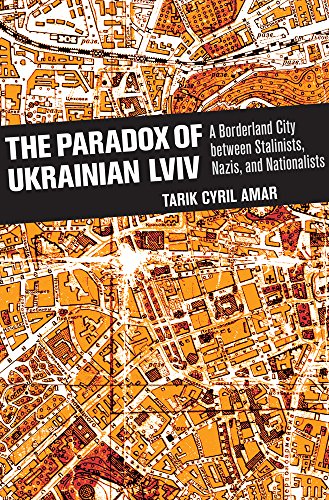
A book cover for The Paradox of Ukrainian Lviv: A Borderland City between Stalinists, Nazis, and Nationalists; Tarik Cyril Amar; History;